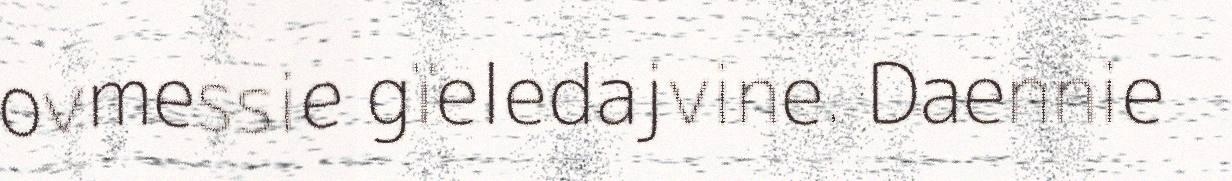
ovmessie gïeledajvine. Daennie